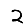
Digit: 2